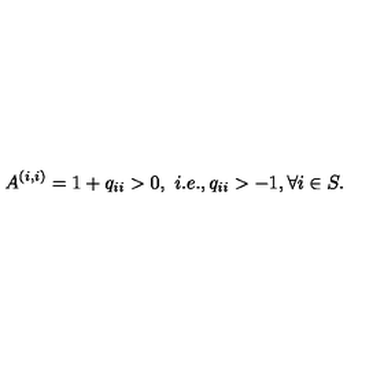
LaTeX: A ^ { ( i , i ) } = 1 + q _ { i i } > 0 , \ i . e . , q _ { i i } > - 1 , \forall i \in S .